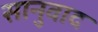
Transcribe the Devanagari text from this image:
सानुवाद